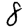
Digit: 8